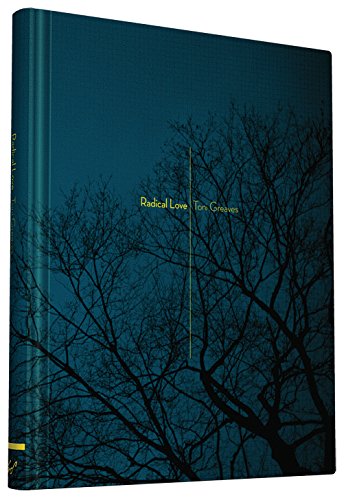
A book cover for Radical Love; Toni Greaves; Arts & Photography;